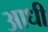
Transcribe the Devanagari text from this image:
अाधी